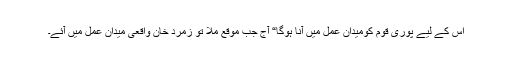
اس کے لیے پوری قوم کومیدان عمل میں آنا ہوگا“ آج جب موقع ملا تو زمرد خان واقعی میدانِ عمل میں آئے۔